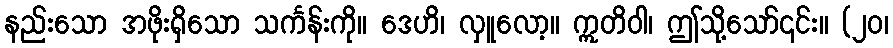
နည်းသော အဖိုးရှိသော သင်္ကန်းကို။ ဒေဟိ၊ လှူလော့။ ဣတိဝါ၊ ဤသို့သော်၎င်း။ (၂၀၊